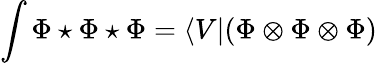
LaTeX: \int\Phi\star\Phi\star\Phi=\langle V|(\Phi\otimes\Phi\otimes\Phi)